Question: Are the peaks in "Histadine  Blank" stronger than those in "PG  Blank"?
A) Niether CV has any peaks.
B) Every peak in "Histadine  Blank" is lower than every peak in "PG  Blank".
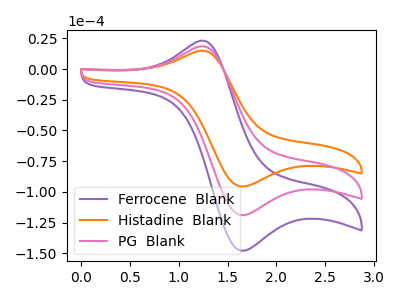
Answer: <think>The purple curve "Ferrocene  Blank" has an anodic peak at (1.20V, 36.70uA) and a cathodic peak at (1.65V, -237.90uA). The orange curve "Histadine  Blank" has an anodic peak at (1.20V, 14.75uA) and a cathodic peak at (1.65V, -95.65uA). The pink curve "PG  Blank" has an anodic peak at (1.20V, 18.35uA) and a cathodic peak at (1.65V, -118.95uA).</think>
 <answer>B) Every peak in "Histadine  Blank" is lower than every peak in "PG  Blank".</answer>
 <eval>B</eval>